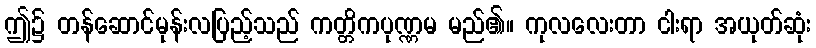
ဤ၌ တန်ဆောင်မုန်းလပြည့်သည် ကတ္တိကပုဏ္ဏမ မည်၏။ ကုလလေးတာ ငါးရာ အယုတ်ဆုံး